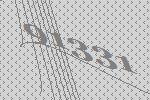
91331